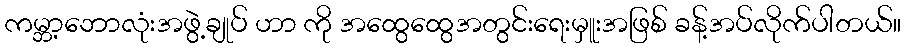
ကမ္ဘာ့ဘောလုံးအဖွဲ့ချုပ် ဟာ ကို အထွေထွေအတွင်းရေးမှူးအဖြစ် ခန့်အပ်လိုက်ပါတယ်။